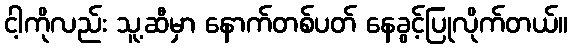
ငါ့ကိုလည်း သူ့ဆီမှာ နောက်တစ်ပတ် နေခွင့်ပြုလိုက်တယ်။